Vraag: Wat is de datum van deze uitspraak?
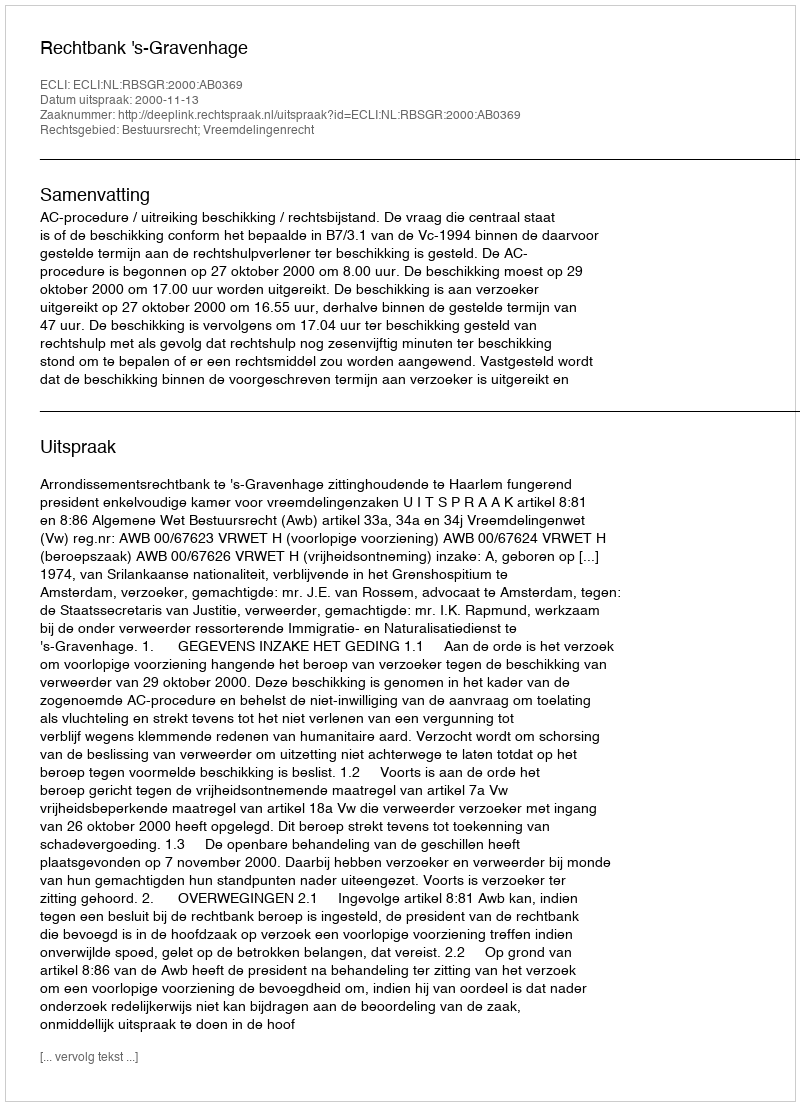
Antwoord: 2000-11-13